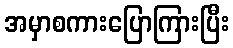
အမှာစကားပြောကြားပြီး